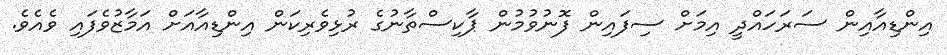
އިންޑިއާއިން ސަރަހައްދީ އިމަށް ސިފައިން ފޮނުވުމުން ޕާކިސްތާނުގެ ރުޅިވެރިކަން އިންޑިއާއަށް އަމާޒުވެފައި ވެއެވެ.